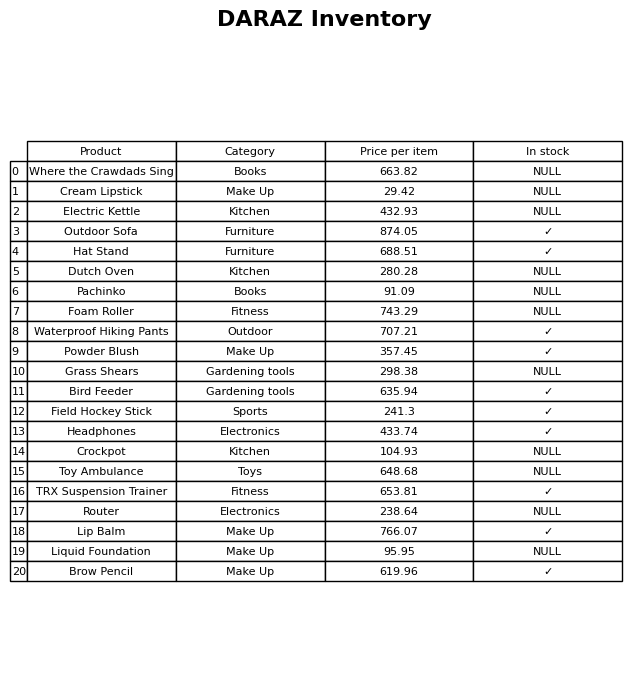
question: What is the price of the Headphones?
answer: The price of Headphones is 433.74.